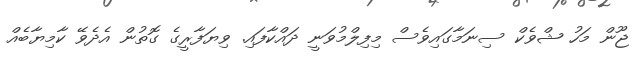
ޖޫން މަހު ޝްވެކް ސިނަމާގައިވެސް މިފިލްމުވަނީ ދައްކާފައި. ވިޔަފާރީގެ ގޮތުން އެދެވޭ ކާމިޔާބެއް